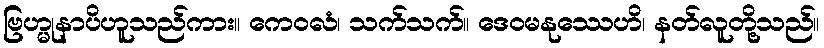
ဗြဟ္မုနာပိဟူသည်ကား။ ကေဝလံ၊ သက်သက်။ ဒေဝမနုဿေဟိ၊ နတ်လူတို့သည်။